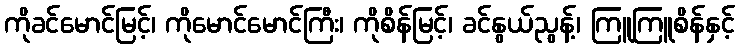
ကိုခင်မောင်မြင့်၊ ကိုမောင်မောင်ကြီး၊ ကိုစိန်မြင့်၊ ခင်နွယ်ညွန့်၊ ကြူကြူစိန်နှင့်